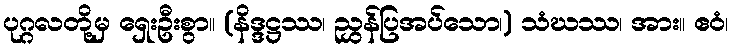
ပုဂ္ဂလတို့မှ ရှေးဦးစွာ။ (နိဒ္ဒဋ္ဌဿ၊ ညွှန်ပြအပ်သော၊) သံဃဿ၊ အား။ ဧဝံ၊